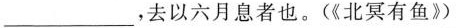
___，去以六月息者也。(《北冥有鱼》)